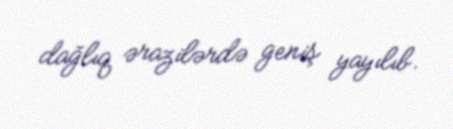
dağlıq ərazilərdə geniş yayılıb.